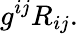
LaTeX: g^{ij}R_{ij}.